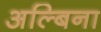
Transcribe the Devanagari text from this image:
अल्बिना